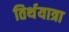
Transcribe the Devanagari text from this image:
तिर्थयात्रा